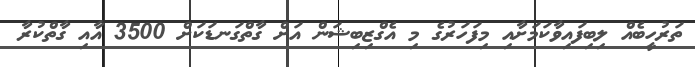
ތަރުހީބެއް ލިބިފައިވާކަމަށާއި މިފަހަރުގެ މި އެގްޒިބިޝަން އަށް ގާތްގަނޑަކަށް 3500 އާއި ގާތްކުރާ